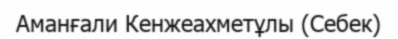
Аманғали Кенжеахметұлы (Себек)